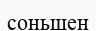
соньшен